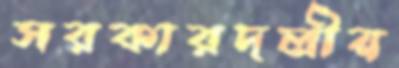
সরকারদলীয়